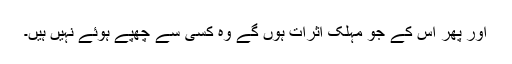
اور پھر اس کے جو مہلک اثرات ہوں گے وہ کسی سے چھپے ہوئے نہیں ہیں۔